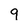
Character: 9